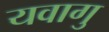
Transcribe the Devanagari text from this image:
यवागु